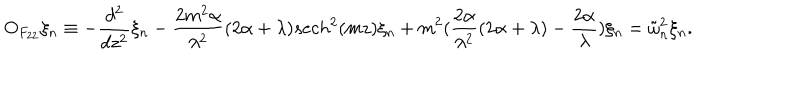
O _ { F _ { 2 2 } } \xi _ { n } \equiv - \frac { d ^ { 2 } } { d z ^ { 2 } } \xi _ { n } - \frac { 2 m ^ { 2 } \alpha } { \lambda ^ { 2 } } ( 2 \alpha + \lambda ) s e c h ^ { 2 } ( m z ) \xi _ { n } + m ^ { 2 } ( \frac { 2 \alpha } { \lambda ^ { 2 } } ( 2 \alpha + \lambda ) - \frac { 2 \alpha } { \lambda } ) \xi _ { n } = \tilde { \omega } _ { n } ^ { 2 } \xi _ { n } .